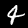
Digit: 4